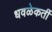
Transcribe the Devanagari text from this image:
धवळेकर्ती